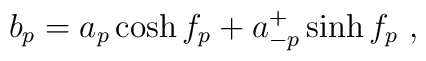
b_p =a_p \cosh f_p  + a^+_{-p} \sinh f_p ~,